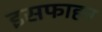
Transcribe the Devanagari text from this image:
इसफाहन